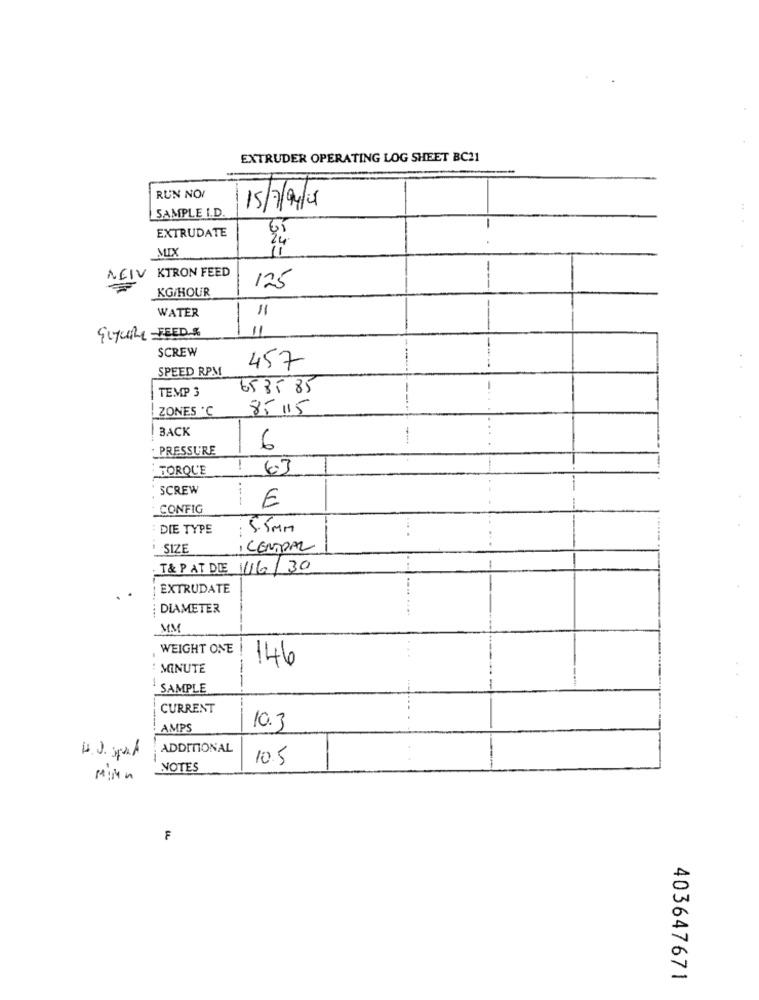
EXTRUDER OPERATING LOG SHEET BC21
RUN NO
SAMPLE I.D.
15/7/9/08
EXTRUDATE
MIX
-
NEIV KTRON FEED
KG/HOUR
125
"
WATER
11
GuyURL-FEED &
SCREW
SPEED RPM
457
TEMP 3
653585
ZONES * C
8- 115
BACK
--
· PRESSURE
6
TORQUE
63
SCREW
i
CONFIG
€
DIE TYPE
:5.5Mm
-SIZE
CENTRAL
T& P AT DIE //6/30
EXTRUDATE
DIAMETER
MM
WEIGHT ONE
146
: MINUTE
-
-- -
SAMPLE
CURRENT
AMPS
10.3
-
ADDITIONAL
10.5
NOTES
F
403647671